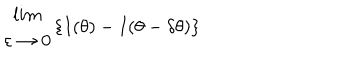
LaTeX: \begin{array} { c } { { l i m } } \\ { { \varepsilon \rightarrow 0 } } \\ \end{array} \{ I ( \theta ) - I ( \theta - \delta \theta ) \}